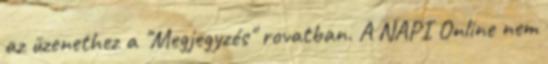
az üzenethez a "Megjegyzés" rovatban. A NAPI Online nem